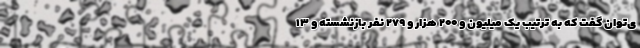
ی‌توان گفت که به ترتیب یک میلیون و ۲۰۰ هزار و ۲۷۹ نفر بازنشسته و ۱۳